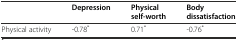
<table><thead><tr><td></td><td><b>Depression</b></td><td><b>Physical self-worth</b></td><td><b>Body dissatisfaction</b></td></tr></thead><tbody><tr><td>Physical activity</td><td>-0.78<sup>*</sup></td><td>0.71<sup>*</sup></td><td>-0.76<sup>*</sup></td></tr></tbody></table>